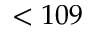
< 1 0 9